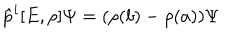
\hat { p } ^ { i } [ E , \rho ] \Psi = ( \rho ( b ) - \rho ( a ) ) \Psi